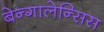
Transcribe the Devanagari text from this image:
बेन्गालेन्सिस